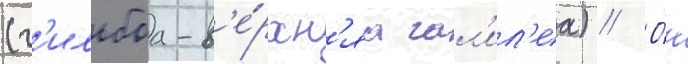
(г'ильбоа-в'е́рхн'яа гал'ил'еа) // О́н